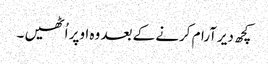
کچھ دیرآرام کرنے کے بعد وہ اوپر اُٹھیں ۔